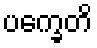
ပက္ခေတိ